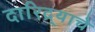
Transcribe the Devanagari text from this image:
दारिद्र्याचे